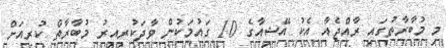
މި މުބާރާތުގައި ރާއްޖެއާ އެކު އޭޝިއާގެ 10 ގައުމަކުން ވާދަކުރިއިރު މުބާރާތް ކުރިއަށް